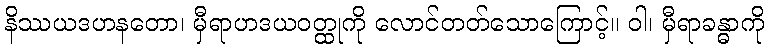
နိဿယဒဟနတော၊ မှီရာဟဒယဝတ္ထုကို လောင်တတ်သောကြောင့်။ ဝါ၊ မှီရာခန္ဓာကို